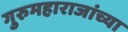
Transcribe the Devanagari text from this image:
गुरुमहाराजांच्या